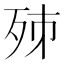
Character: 𣧨